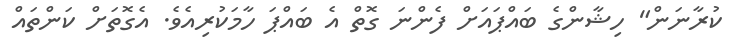
ކުރާނަން" ހިޝާންގެ ބައްޕައަށް ފެންނަ ގޮތް އެ ބައްޕަ ހާމަކުރިއެވެ. އެގޮތަށް ކަންތައް